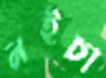
নইচা